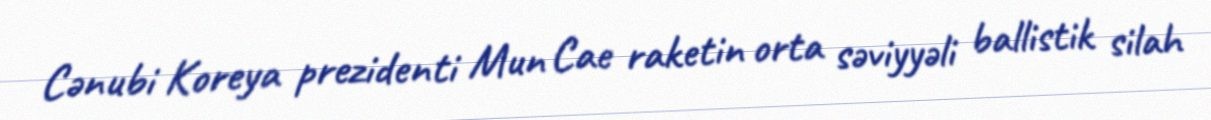
Cənubi Koreya prezidenti Mun Cae raketin orta səviyyəli ballistik silah